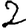
Digit: 2